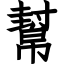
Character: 幫